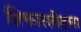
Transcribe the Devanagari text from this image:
शिफारशीद्वारा